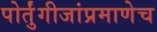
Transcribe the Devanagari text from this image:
पोर्तुंगीजांप्रमाणेच